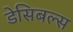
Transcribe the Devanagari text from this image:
डेसिबल्स